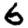
Digit: 6